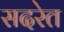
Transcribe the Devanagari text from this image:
सदरेत